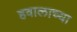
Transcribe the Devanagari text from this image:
हवालाच्या